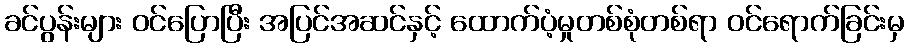
ခင်ပွန်းများ ဝင်ပြောပြီး အပြင်အဆင်နှင့် ထောက်ပံ့မှုတစ်စုံတစ်ရာ ဝင်ရောက်ခြင်းမှ